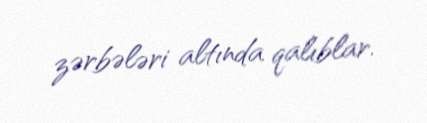
zərbələri altında qalıblar.